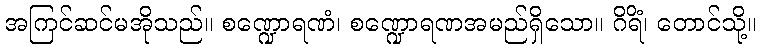
အကြင်ဆင်မအိုသည်။ စဏ္ဍောရဏံ၊ စဏ္ဍောရဏအမည်ရှိသော။ ဂိရိံ၊ တောင်သို့။